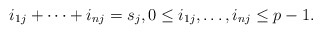
\begin{align*}i_{1j}+\cdots+i_{nj}=s_j,0\le i_{1j},\dots,i_{nj}\le p-1.\end{align*}